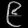
Digit: ၉